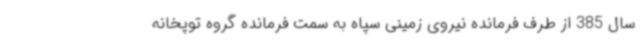
سال 385 از طرف فرمانده نیروی زمینی سپاه به سمت فرمانده گروه توپخانه